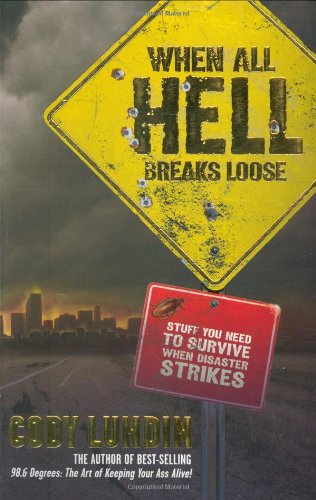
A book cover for When All Hell Breaks Loose: Stuff You Need To Survive When Disaster Strikes; Cody Lundin; Politics & Social Sciences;